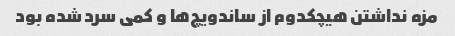
مزه نداشتن هیچکدوم از ساندویچ‌ها و کمی سرد شده بود